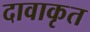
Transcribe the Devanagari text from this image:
दावाकृत